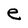
Character: e